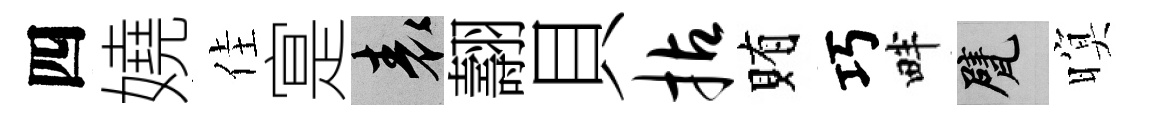
四嬈佳寔表翿貝拈賄巧畔甓暝